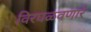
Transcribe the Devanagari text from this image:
विरघळवणारे